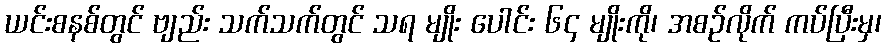
ယင်းစနစ်တွင် ဗျည်း သက်သက်တွင် သရ မျိုး ပေါင်း ၆၄ မျိုးကို၊ အစဉ်လိုက် ကပ်ပြီးမှ၊